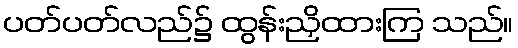
ပတ်ပတ်လည်၌ ထွန်းညှိထားကြ သည်။